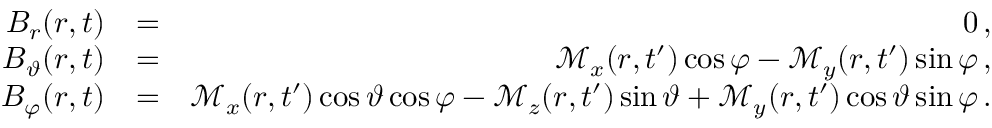
\begin{array} { r l r } { B _ { r } ( \boldsymbol { r } , t ) } & { = } & { 0 \, , } \\ { B _ { \vartheta } ( \boldsymbol { r } , t ) } & { = } & { \mathcal { M } _ { x } ( r , t ^ { \prime } ) \cos \varphi - \mathcal { M } _ { y } ( r , t ^ { \prime } ) \sin \varphi \, , } \\ { B _ { \varphi } ( \boldsymbol { r } , t ) } & { = } & { \mathcal { M } _ { x } ( r , t ^ { \prime } ) \cos \vartheta \cos \varphi - \mathcal { M } _ { z } ( r , t ^ { \prime } ) \sin \vartheta + \mathcal { M } _ { y } ( r , t ^ { \prime } ) \cos \vartheta \sin \varphi \, . } \end{array}